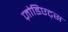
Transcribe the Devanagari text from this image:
ज़ोडिएट्स